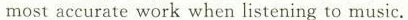
most accurate work when listening to music.